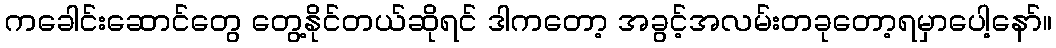
ကခေါင်းဆောင်တွေ တွေ့နိုင်တယ်ဆိုရင် ဒါကတော့ အခွင့်အလမ်းတခုတော့ရမှာပေါ့နော်။